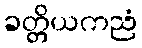
ခတ္တိယကညံ